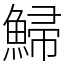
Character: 鯞